画像に写った文字を読んでください
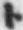
「ト」と書いてあります